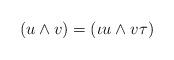
LaTeX: \begin{align*}(u\wedge v) = (\iota u\wedge v\tau)\end{align*}